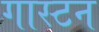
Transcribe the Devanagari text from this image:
गास्टन